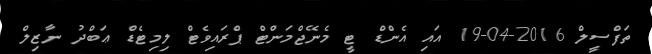
ތަފްސީލް 2016-04-19 އައި އެންޑް ޓީ މެނޭޖްމަންޓް ޕްރައިވެޓް ލިމިޓެޑް ޢަބްދު ނާޒިލް